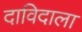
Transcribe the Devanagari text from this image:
दाविदाला